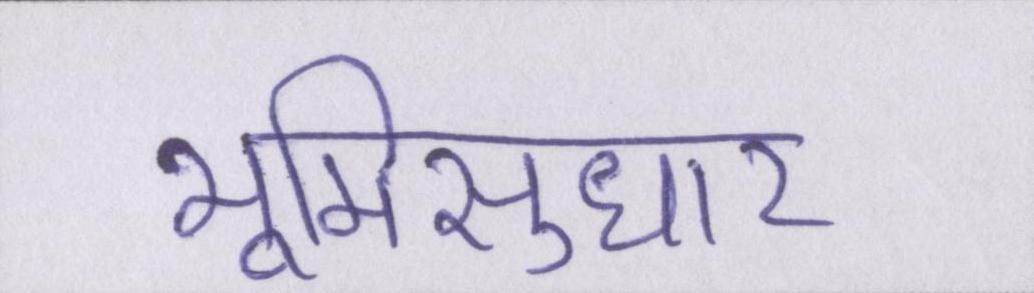
भूमिसुधार